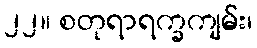
၂၂။ စတုရာရက္ခကျမ်း၊